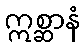
ဣစ္ဆာနံ